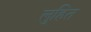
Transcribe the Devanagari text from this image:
लुहित